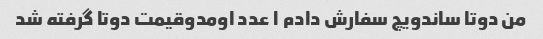
من دوتا ساندویچ سفارش دادم ۱ عدد اومدوقیمت دوتا گرفته شد